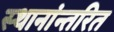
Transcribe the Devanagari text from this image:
स्थानांन्तरित